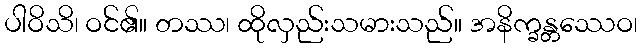
ပါဝိသိ၊ ဝင်၏။ တဿ၊ ထိုလှည်းသမားသည်။ အနိက္ခန္တဿေဝ၊